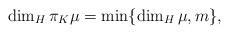
LaTeX: \begin{align*}\dim_H \pi_K \mu = \min\{\dim_H \mu, m\},\end{align*}